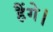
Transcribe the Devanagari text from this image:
हैंगे।